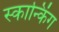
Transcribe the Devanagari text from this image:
स्कान्किंग